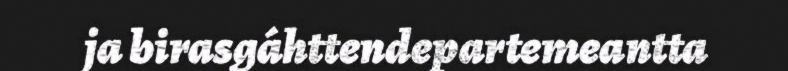
ja birasgáhttendepartemeantta